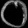
Digit: ၀